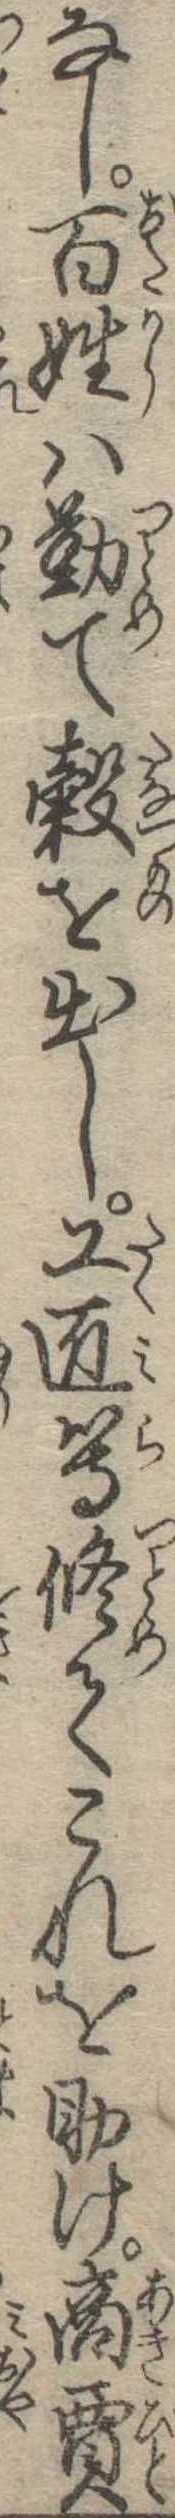
なし百姓は勤て穀を出し工匠等修てこれを助け商賈